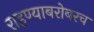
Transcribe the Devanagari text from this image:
राहण्याबरोबरच